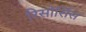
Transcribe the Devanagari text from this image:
रिसोर्सिस